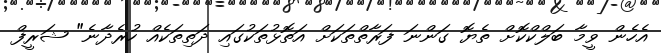
އެހެން ވީމާ ބަލްކްކޮށް ތެޔޮ ގަންނަ ފަރާތްތަކަށް އަތޮޅުތަކުގައި ދަތިތަކެއް ހުރެދާނެ" ޝަރީފް